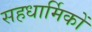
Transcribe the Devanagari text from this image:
सहधार्मिकों